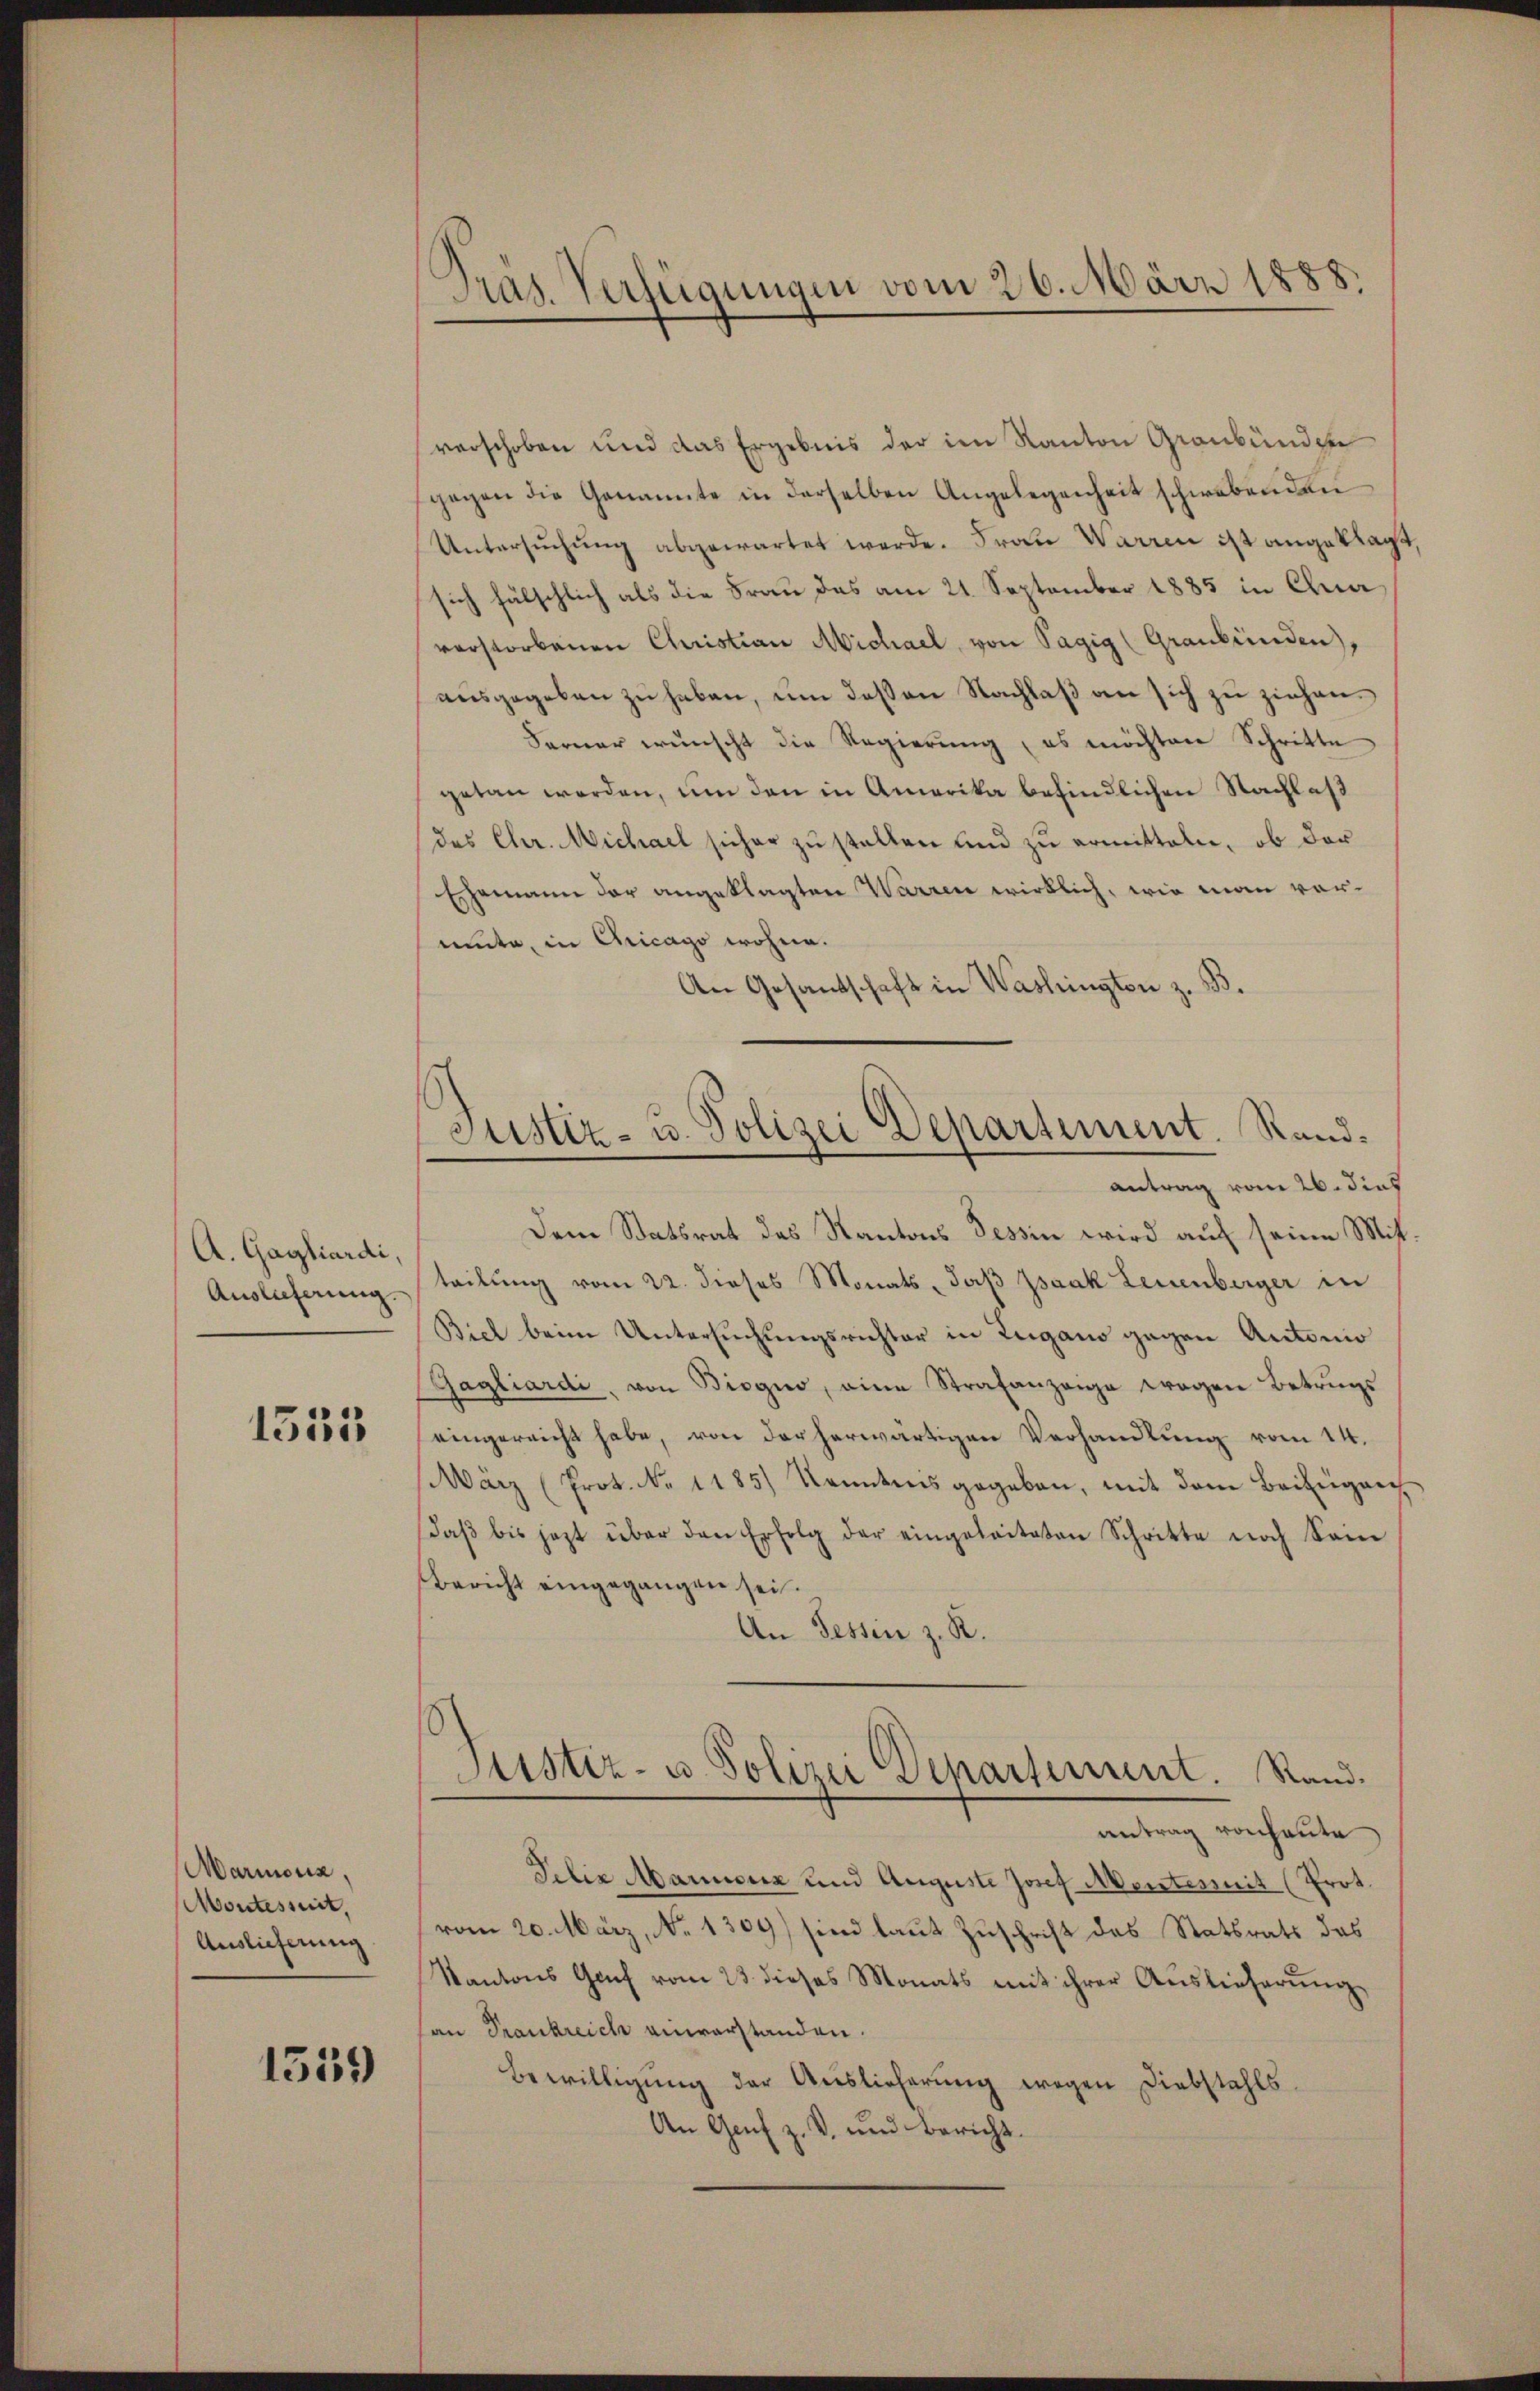
A. Gagliardi,
Auslicherung.

1553

Marmonia,
Montest,
Auslieferung

1539

verschoben und das Ergebnis der im Kanton Graubünden
gegen die Genannte in derselben Angelegenheit schwebenden
Untersuchung abgewartet werde. Frau Warren ist angeklagt,
sich fälschlich als die Frau das am 21. September 1885 in Chua
verstorbenen Christian Michael, von Tagig (Graubünden),
ausgegeben zu haben, um deßen Nachlaß an sich zu ziehen.
Farner wünscht die Regierung, es möchten Schritte
getan werden, um den in Amerika befindlichen Nachlaß
des Chr. Michael sicher zu stellen und zu ermitteln, ob der
Ehemann der angeklagten Warren wirklich, wie man vormite, in Chicago wohne.
An Gesandtschaft in Washingten z. B.

Präs. Verfügungen vom 26. März 1888.

Justiz- u. Polizei Departement. Rand¬

antrag vom 26. dies
Dem Statsrat des Kantons Tessin wird auf seine Mitteilung vom 22. dieses Monats, daß Isaak Leuenberger in
Biel beim Untersuchungsrichter in Zugano gegen Antonio
Gagliardi, von Biogno, eine Strafanzeige wegen Betrugs
eingereicht habe, von der herwärtigen Verhandlung vom 14.
März (Prot. No 1185) Kenntnis gegeben, mit dem Beifügen,
daβ bis jezt über den Erfolg der eingeleiteten Schritte noch kein
Bericht eingegangen sei.
An Tessin z. R.
Justiz- u. Polizei Departement. Rand.
antrag von heute
Felix Manusura und Auguste Josef Mentermit (Prot.
vom 20. März, No 1309) sind laut Zuschrift des Statsrats das
Kantons Genf vom 23. dieses Monats mit ihrer Auslieferung
an Frankreich anwerstanden.
Bewilligung der Auslieferung wegen Diebstahls
An Genf z. B. und Bericht.